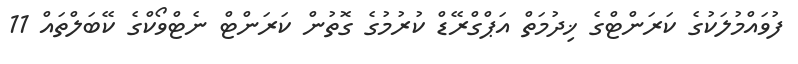
ފުވައްމުލަކުގެ ކަރަންޓްގެ ޚިދުމަތް އަޕްގްރޭޑް ކުރުމުގެ ގޮތުން ކަރަންޓް ނެޓްވޯކްގެ ކޭބަލްތައް 11